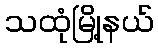
သထုံမြို့နယ်